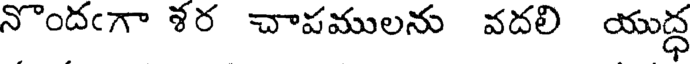
నొందఁగా ళర చాపములను వదలి యుద్ధ